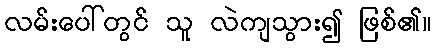
လမ်းပေါ်တွင် သူ လဲကျသွား၍ ဖြစ်၏။